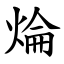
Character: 㷍